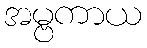
အမ္ဗကာယ